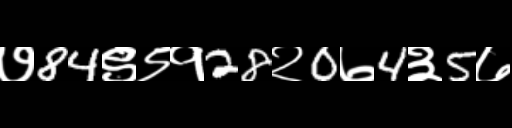
Text: ७84९९१28२0७4३5७